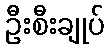
ဦးစီးချုပ်